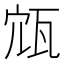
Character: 𡨍